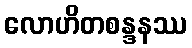
လောဟိတစန္ဒနဿ